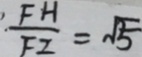
\frac { F H } { F I } = \sqrt { 5 }